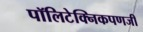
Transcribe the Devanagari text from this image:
पॉलिटेक्निकपणजी